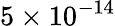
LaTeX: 5\times 10^{-14}